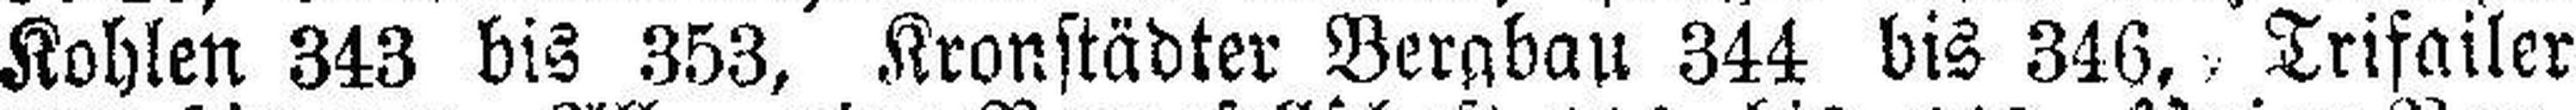
Kohlen 343 bis 353, Kronstädter Bergbau 344 bis 346, Trifailer